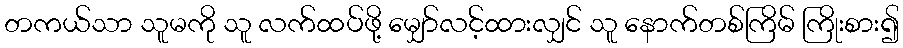
တကယ်သာ သူမကို သူ လက်ထပ်ဖို့ မျှော်လင့်ထားလျှင် သူ နောက်တစ်ကြိမ် ကြိုးစား၍